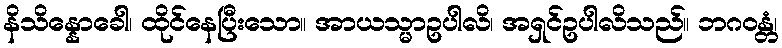
နိသိန္နောခေါ၊ ထိုင်နေပြီးသော။ အာယသ္မာဥပါလိ၊ အရှင်ဥပါလိသည်။ ဘဂဝန္တံ၊